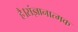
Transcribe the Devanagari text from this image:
है।संज्ञानात्मक